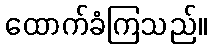
ထောက်ခံကြသည်။